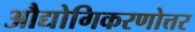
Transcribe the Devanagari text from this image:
औद्योगिकरणोत्तर